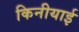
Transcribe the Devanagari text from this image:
किनीयाई